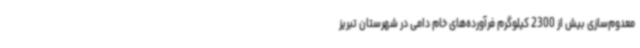
معدوم‌سازی بیش از 2300 کیلوگرم فرآورده‌های خام دامی در شهرستان تبریز